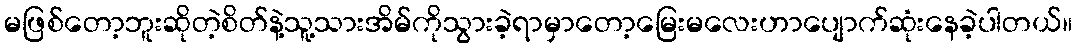
မဖြစ်တော့ဘူးဆိုတဲ့စိတ်နဲ့သူ့သားအိမ်ကိုသွားခဲ့ရာမှာတော့မြေးမလေးဟာပျောက်ဆုံးနေခဲ့ပါတယ်။